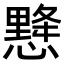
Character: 𢢨